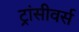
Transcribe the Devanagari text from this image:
ट्रांसीवर्स